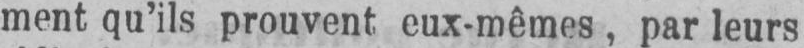
ment qu’ils prouvent eux-mêmes, par leurs